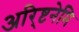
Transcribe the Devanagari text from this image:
अरि्ष्टनेमि